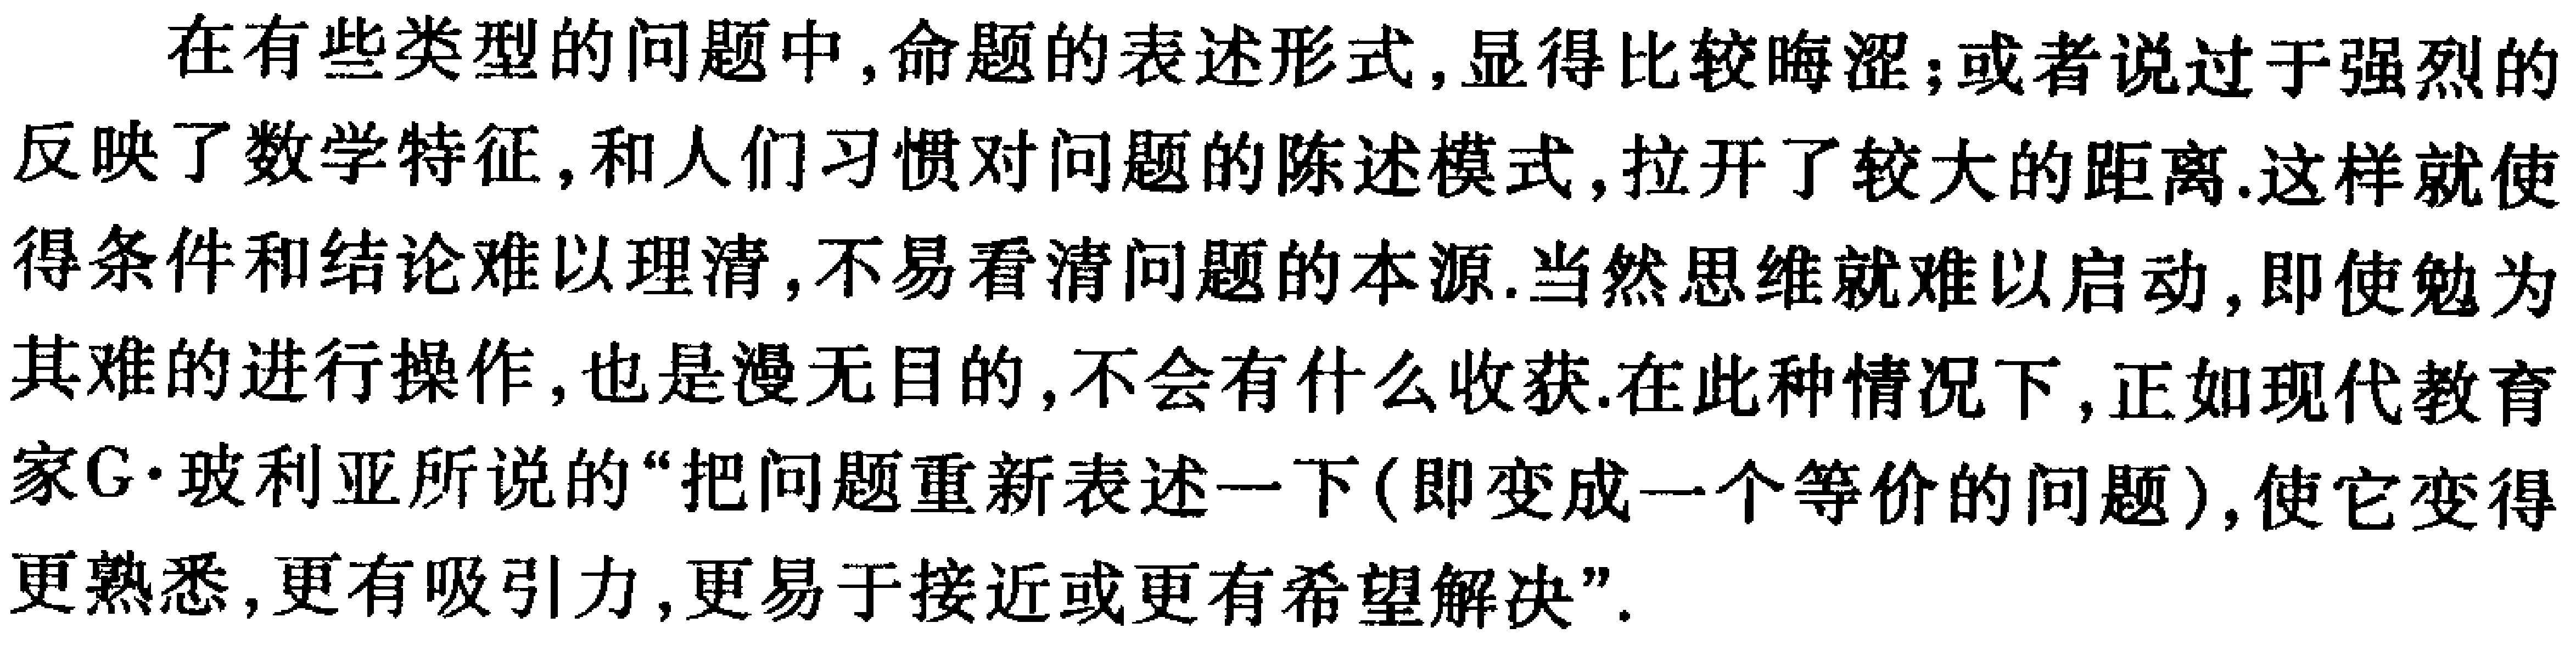
在有些类型的问题中,命题的表述形式,显得比较晦涩;或者说过于强烈的反映了数学特征,和人们习惯对问题的陈述模式,拉开了较大的距离.这样就使得条件和结论难以理清,不易看清问题的本源.当然思维就难以启动,即使勉为其难的进行操作,也是漫无目的,不会有什么收获.在此种情况下,正如现代教育家\text{G}·玻利亚所说的“把问题重新表述一下(即变成一个等价的问题),使它变得更熟悉,更有吸引力,更易于接近或更有希望解决”.